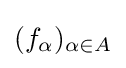
(f_{\alpha })_{\alpha \in A}